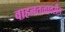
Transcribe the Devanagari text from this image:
वाहनतळावरील